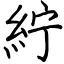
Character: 紵